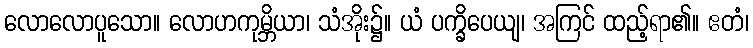
လောလောပူသော။ လောဟကုမ္ဘိယာ၊ သံအိုး၌။ ယံ ပက္ခိပေယျ၊ အကြင် ထည့်ရာ၏။ ဧတံ၊